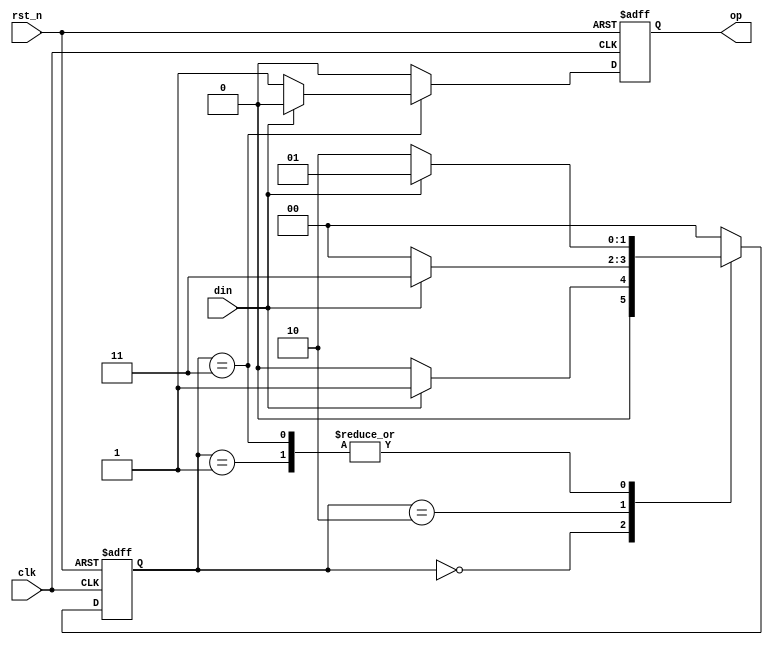
`timescale 1ns / 1ps
//////////////////////////////////////////////////////////////////////////////////
// Company: 
// Engineer: 
// 
// Design Name: 
// Module Name:    seq_det_melay.v 
// Project Name: 
// Target Devices: 
// Tool versions: 
// Description: 
//
// Dependencies: 
//
// Revision: 
// Revision 0.01 - File Created
// Additional Comments: 
//
//////////////////////////////////////////////////////////////////////////////////
module seq_det_melay(
    input din,
    input clk,
    input rst_n,
    output reg op
    );

parameter IDLE=2'b00,
			 s1=2'b01,
			 s10=2'b10,
			 s101=2'b11;
reg [1:0] state;
reg [1:0] next_state;
// present state logic

always@(posedge clk, negedge rst_n)
	begin
		if( rst_n==0)
		state<=IDLE;
		else
		state<=next_state;
	end
	
//next state

always@(state,din)
	begin
		next_state<=IDLE;
		//op<=0;
		
	case(state)
	
		IDLE:
		    if(din)
			 begin
				next_state<=s1;
				//op<=0;
			 end
		s1:
		    if(din)
			 begin
				next_state<=s1;
				//op<=0;
			 end
			 else
			   begin
					next_state<=s10;
				//	op<=0;
				end
		s10:
			if(din)
			 begin
				next_state<=s101;
			  // op<=0;
			 end
			 
	   s101:
		   if(din)
			 begin
				next_state<=s1;
				//op<=0;
			 end
			 else
			 begin
				next_state<=s10;
			//	op<=1;
			 end
	endcase
	end
//output logic
always@(posedge clk, negedge rst_n)
	begin
	   if(rst_n==0)
		op<=1'b0;
	     else
			begin
		     op<=1'b0;
			   case(state)
				  s101:
				  if(~din)
				   op<=1'b1;
				endcase
			end
	end
	
		/*   if( state==s101 && din==0)
			   op<=1'b1; 
	*/
	
endmodule